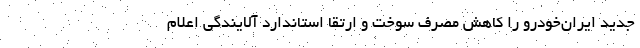
جدید ایران‌خودرو را کاهش مصرف سوخت و ارتقا استاندارد آلایندگی اعلام